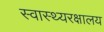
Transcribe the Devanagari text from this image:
स्वास्थ्यरक्षालय